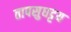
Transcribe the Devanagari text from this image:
तापसुघट्टय